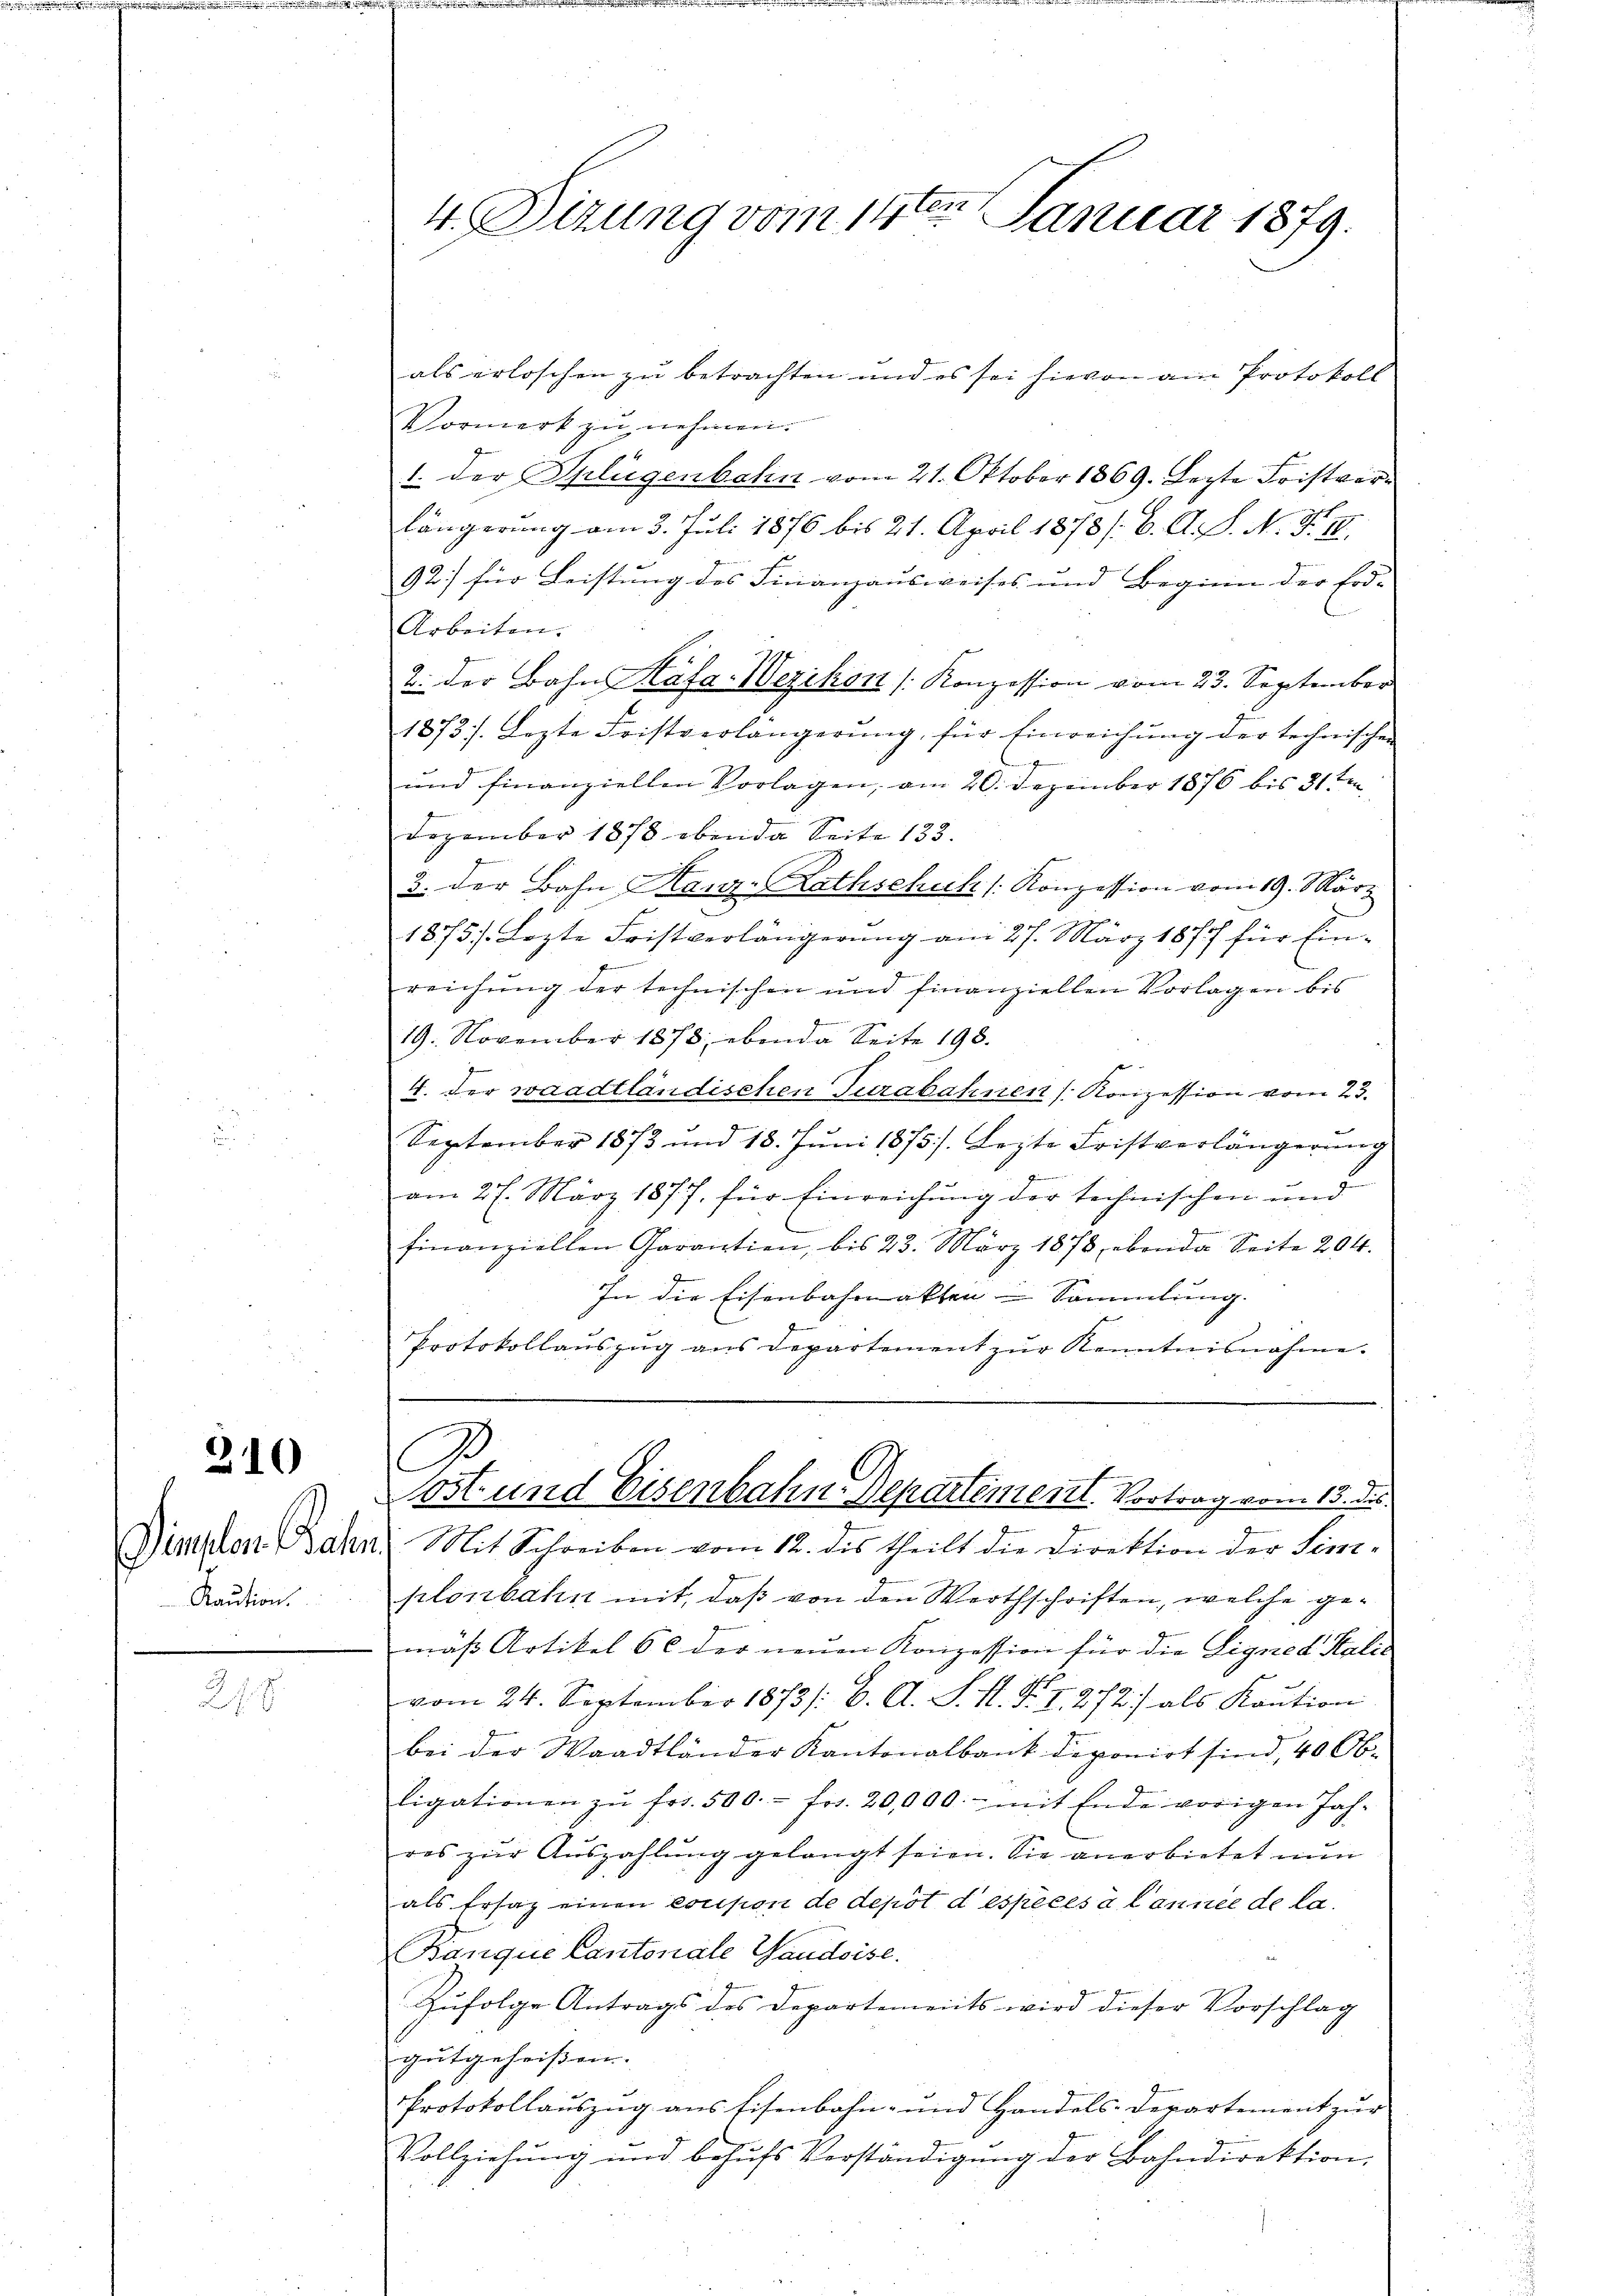
210

Simplen Jah
Raution.

278

4. Dirung vom 14ten Januar 1879.

als erloschen zu betrachten und es sei hievon am Protokoll
Vormerk zu nehmen.
1. der Splügenbahn vom 21. Oktober 1869. Lezte Fristverlängerung am 3. Juli 1876 bis 21. April 1878 /: 6. A. S. N. F. II.
92) für Leistung des Finanzausweises und Beginn der Erd-
Arbeiten.
2. der Bahn Kafa-Wezikon [Konzession vom 23. September
1873 s. Lezte Fristverlängerŭng für Einreichŭng der technischen
und finanziellen Vorlagen, am 20. Dezember 1876 bis 31 ten
Dezember 1878 ebenda Seite 133.
3. der Bahn Kanz-Rathschuh [Konzession vom 19. März
1875. Lezte Fristverlängerung am 27. März 1877 für Ein-
reichung der technischen und finanziellen Vorlagen bis
19. November 1873, ebenda Seite 198.
4. der waadtländischen Turabahnen Konzession vom 23.
September 1873 und 18. Jŭni 1875. Lezte Fristverlängerung
am 27. März 1877. für Einreichŭng der technischen und
finanziellen Garantien, bis 23. März 1873, ebenda Seite 204.
In die Eisenbahnakten-Sammlung.
Protokollauszug aus Departement zur Kenntnisnahme.
B
löst und Eisenbahn-Repartement. Vortrag vom 15. ds.
2. Mit Schreiben vom 12. des theilt die Direktion der Sim-
plonbahn mit, daß von den Werthschriften, welche gemäß Artikel 6 c der neuen Konzession für die Eignes Kalić
vom 24. September 1873 /: 6. A. S. N. F. I, 272) als Kaution
r
bei der Waadtländer Kantonalbank deponirt sind, 40 Ob-
ligationen zŭ fr. 500.- fr. 20,000.- mit Ende vorigen Jah-
res zŭr Aŭszahlŭng gelangt seien. Sie anerbietet nun
als Ersatz einen Coupon de depot despèces a Cannie de la
Banque Cantonale Vaudoise.
Zufolge Antrags des Departements wird dieser Vorschlag
gutgeheißen.
Protokollauszug aus Eisenbahn- und Handels-Departement zur
Vollziehung und behŭfs Verständigŭng der Bahndirektion,